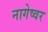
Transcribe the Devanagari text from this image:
नागेष्वर